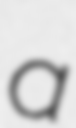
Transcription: a